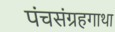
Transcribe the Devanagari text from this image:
पंचसंग्रहगाथा